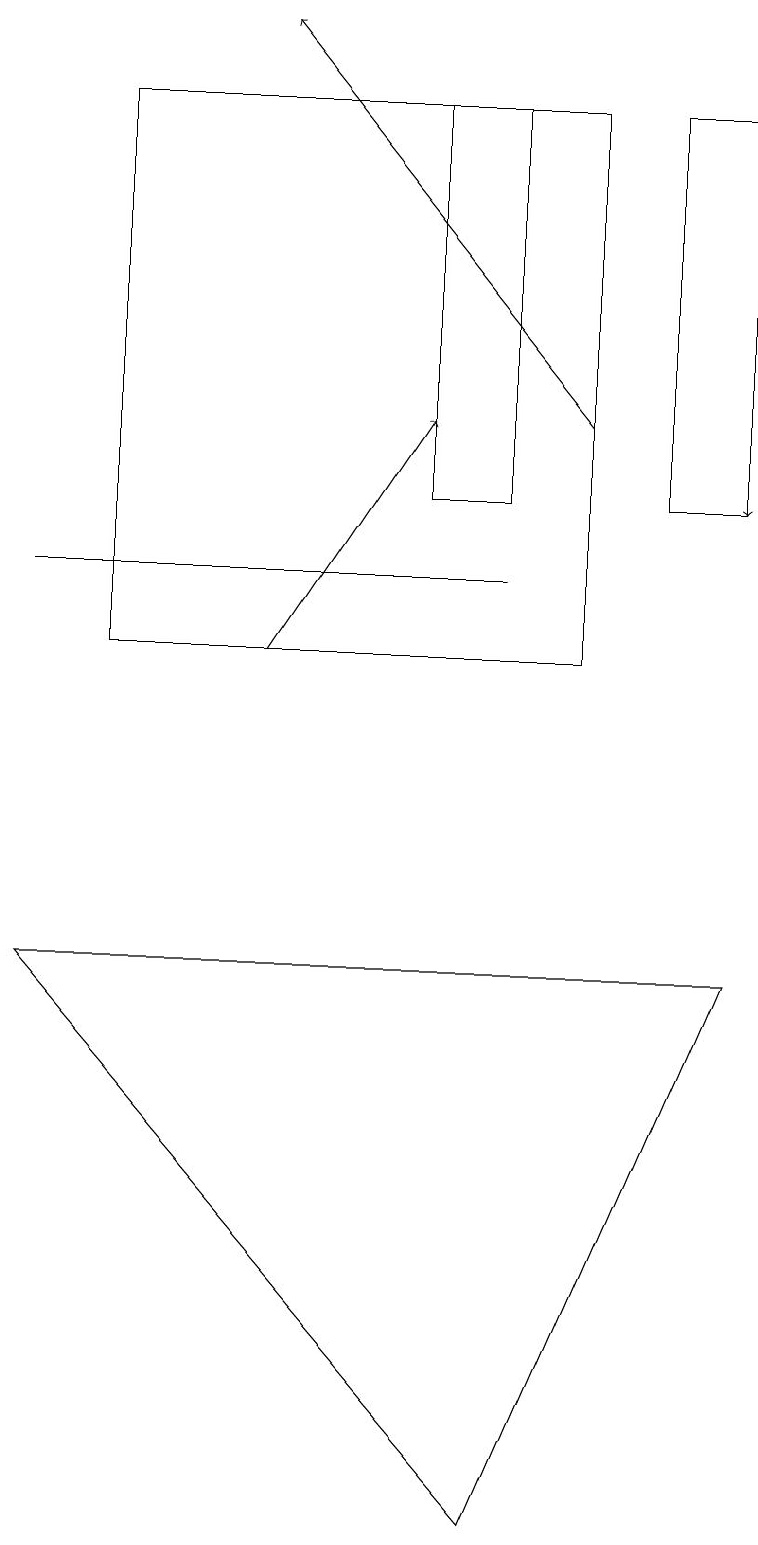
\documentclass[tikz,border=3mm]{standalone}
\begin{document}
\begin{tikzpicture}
\draw[->] (3,11) -- (5,14);
\draw (0,12) rectangle (6,12);
\draw[->] (7,14) -- (3,19);
\draw[->] (9,18) -- (9,13);
\draw (6,13) rectangle (5,18);
\draw (8,13) rectangle (9,18);
\draw (6,0) -- (0,7) -- (9,7) -- cycle;
\draw (7,11) rectangle (1,18);
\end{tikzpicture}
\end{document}